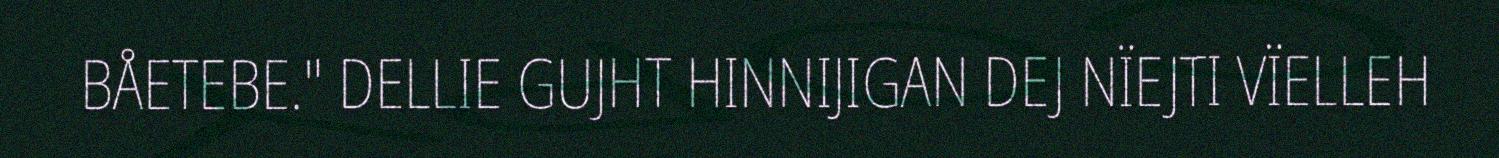
BÅETEBE." DELLIE GUJHT HINNIJIGAN DEJ NÏEJTI VÏELLEH